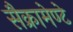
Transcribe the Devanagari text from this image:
सैक्रामेण्टे